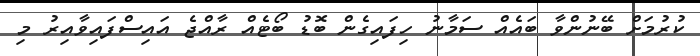
ކުރުމަށް ބޭނުންވާ ބައެއް ސަމާނު ހިފައިގެން ބޮޑު ބޯޓެއް ރާއްޖެ އައިސްފައިވާއިރު މި